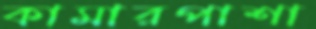
কামারপাশা